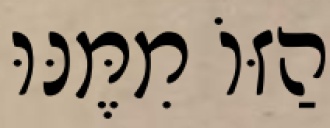
הַזּוֹ מִמֶּנּוּ